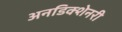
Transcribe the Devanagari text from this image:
अनडिक्शेनरी